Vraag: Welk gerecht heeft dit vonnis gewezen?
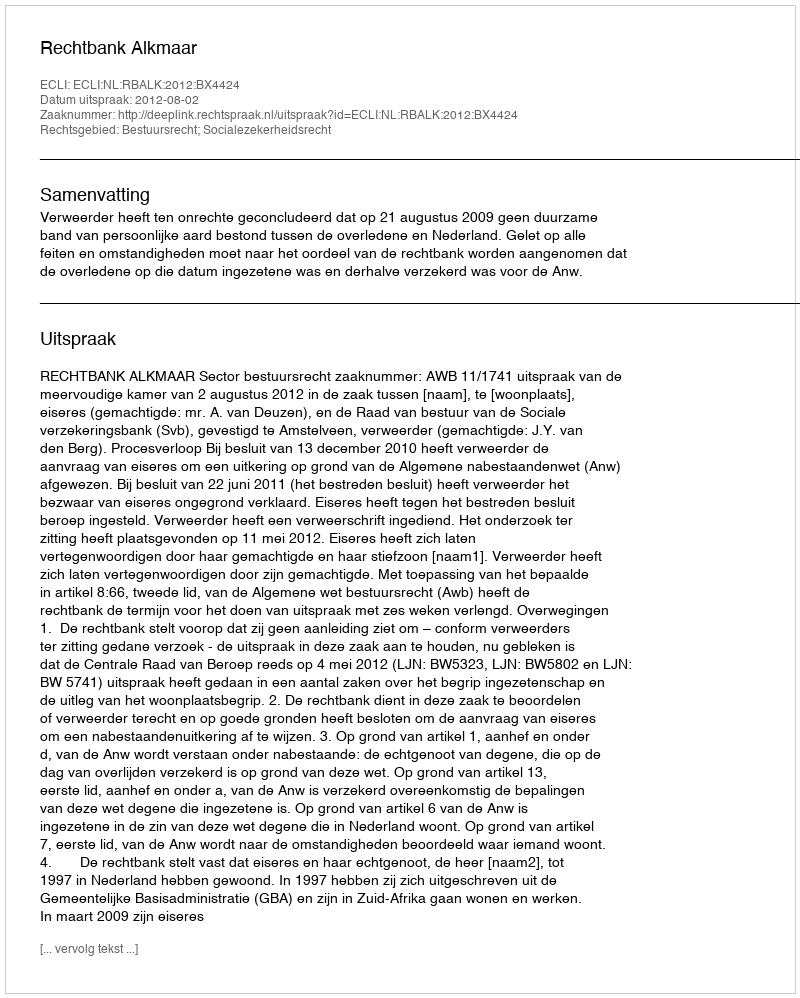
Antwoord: Rechtbank Alkmaar